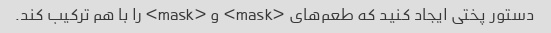
دستور پختی ایجاد کنید که طعم‌های <mask> و <mask> را با هم ترکیب کند.